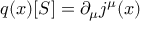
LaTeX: q ( x ) [ S ] = \partial _ { \mu } j ^ { \mu } ( x )